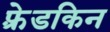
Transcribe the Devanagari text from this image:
फ़्रेडकिन